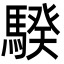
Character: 騤